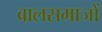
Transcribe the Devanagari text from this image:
बालसमाजों